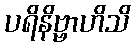
ပရိနိဗ္ဗာဟိသိ